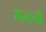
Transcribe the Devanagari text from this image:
मेननों